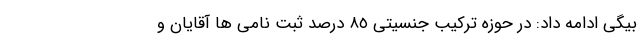
بیگی ادامه داد: در حوزه ترکیب جنسیتی ٨٥ درصد ثبت نامی ها آقایان و